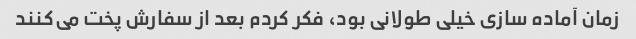
زمان آماده سازی خیلی طولانی بود، فکر کردم بعد از سفارش پخت می‌کنند